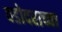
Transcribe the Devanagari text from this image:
वडोदराच्या